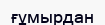
ғұмырдан